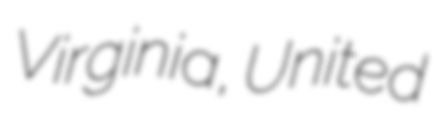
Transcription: Virginia, United